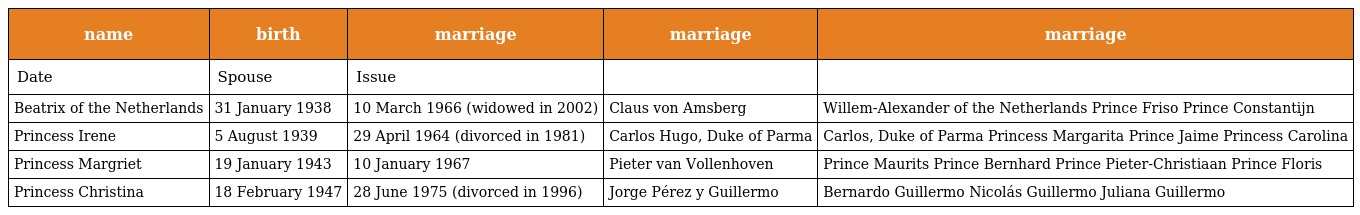
| name | birth | marriage | marriage | marriage |
 | --- | --- | --- | --- | --- |
 | Date | Spouse | Issue |  |  |
 | Beatrix of the Netherlands | 31 January 1938 | 10 March 1966 (widowed in 2002) | Claus von Amsberg | Willem-Alexander of the Netherlands Prince Friso Prince Constantijn |
 | Princess Irene | 5 August 1939 | 29 April 1964 (divorced in 1981) | Carlos Hugo, Duke of Parma | Carlos, Duke of Parma Princess Margarita Prince Jaime Princess Carolina |
 | Princess Margriet | 19 January 1943 | 10 January 1967 | Pieter van Vollenhoven | Prince Maurits Prince Bernhard Prince Pieter-Christiaan Prince Floris |
 | Princess Christina | 18 February 1947 | 28 June 1975 (divorced in 1996) | Jorge Pérez y Guillermo | Bernardo Guillermo Nicolás Guillermo Juliana Guillermo |